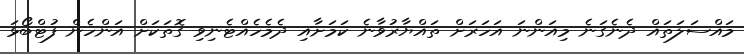
މައްސަލަތައް ދެނެގަނެ މިއަންނަ އަހަރަށް ތައްޔާރުވާނެ ކަމަށާއި ދެމެހެއްޓެނިވި ގޮތަކަށް އަންހެން ފުޓްބޯޅަ